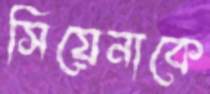
সিয়েনাকে